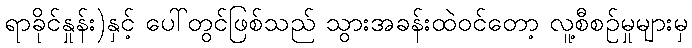
ရာခိုင်နှုန်း)နှင့် ပေါ်တွင်ဖြစ်သည် သွားအခန်းထဲဝင်တော့ လူ့စီစဉ်မှုများမှ